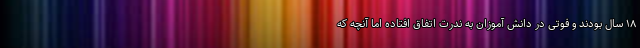
۱۸ سال بودند و فوتی در دانش آموزان به ندرت اتفاق افتاده اما آنچه که